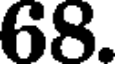
68.